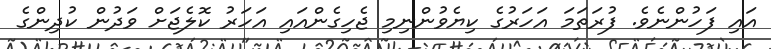
އައި ފަހުންނެވެ. ފުރަތަމަ އަހަރުގެ ކިޔެވުންނިމި ޖެހިގެންއައި އަހަރު ކޮލެޖަށް ވަދުން ކުދިންގެ